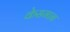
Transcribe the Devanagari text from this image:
केसमान